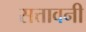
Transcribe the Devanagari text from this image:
सत्तावनी